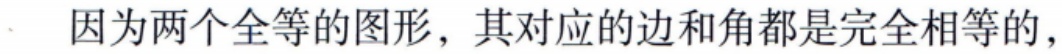
因为两个全等的图形，其对应的边和角都是完全相等的，